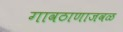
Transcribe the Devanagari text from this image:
गावठाणाजवळ